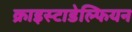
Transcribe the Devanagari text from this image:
क्राइस्टाडेल्फियन